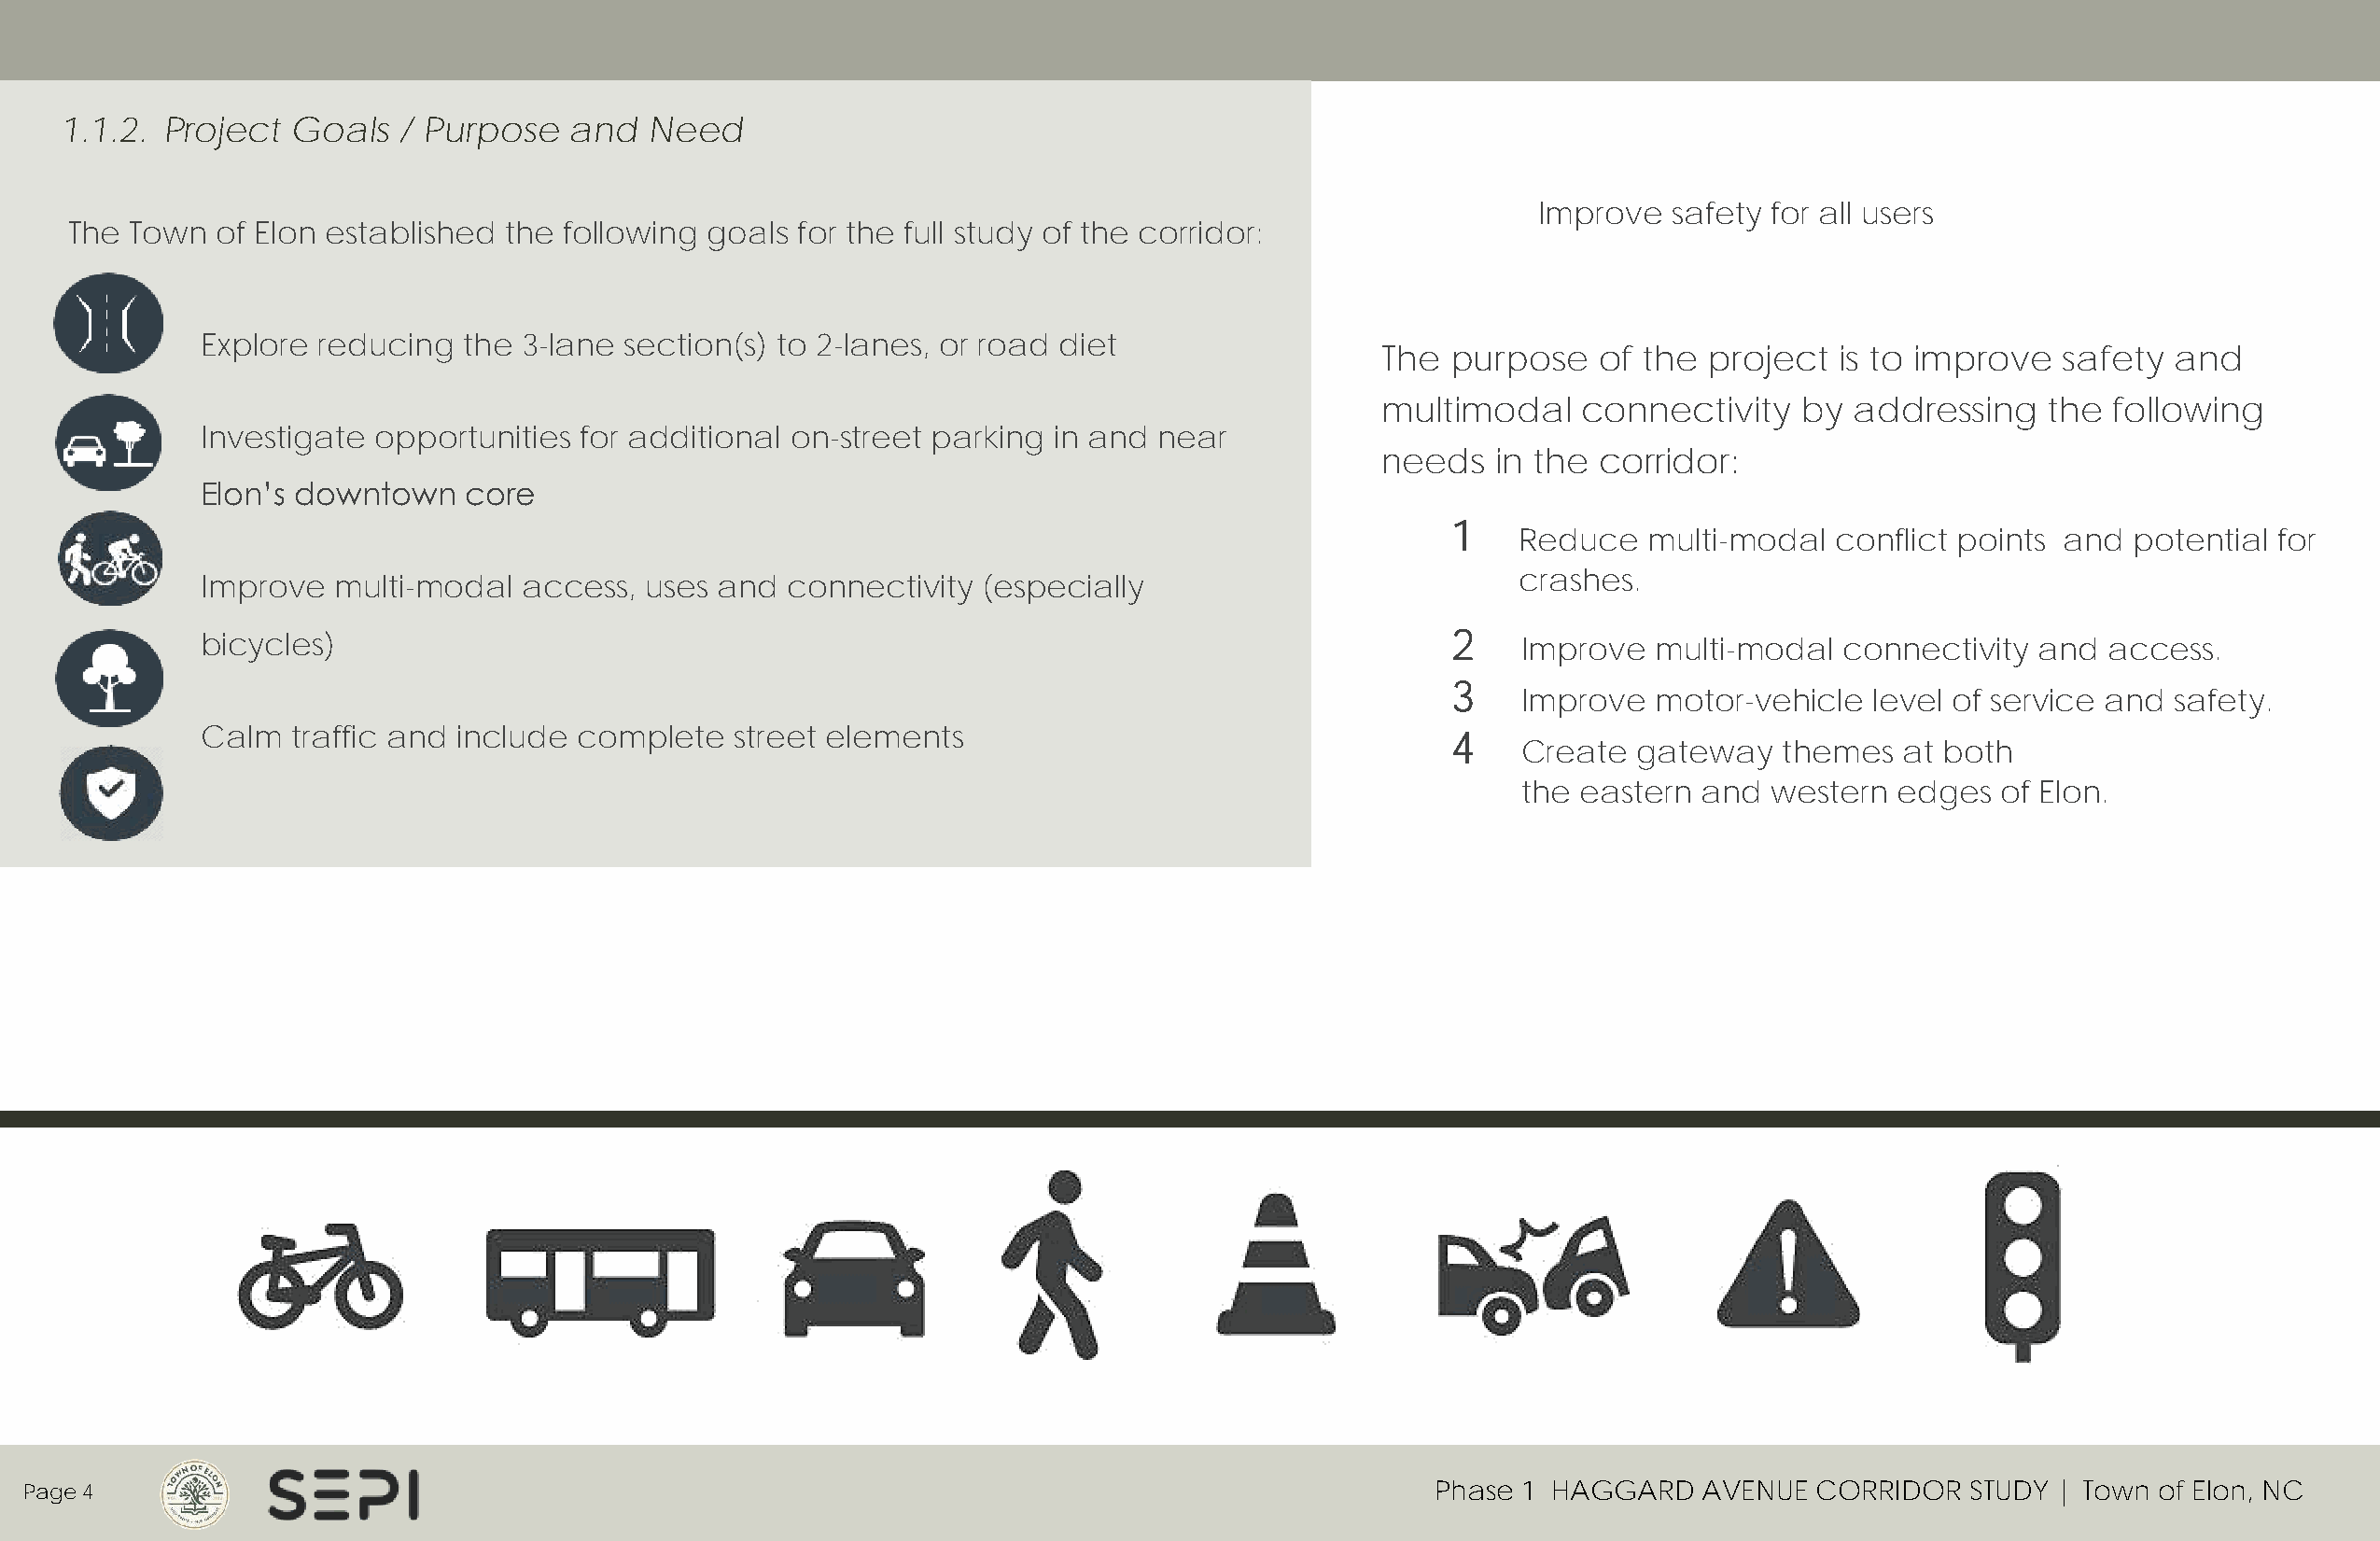
1.1.2.  Project  Goals  / Purpose   and   Need
 Improve   safety for all users
 The Town  of Elon established  the following goals  for the full study of the corridor:
 Explore  reducing  the 3-lane section(s) to 2-lanes, or road diet
 The  purpose   of the  project  is to improve   safety  and
 multimodal    connectivity    by addressing    the  following
 Investigate  opportunities for additional on-street parking  in and near
 needs   in the corridor:
 Elon’s downtown    core
 1
 Reduce   multi-modal  conflict points and  potential  for
 crashes.
 Improve   multi-modal  access,  uses and  connectivity  (especially
 bicycles)                                                                                2    Improve  multi-modal   connectivity  and  access.
 3
 Improve  motor-vehicle   level of service and safety.
 Calm   traffic and include complete   street elements                                    4
 Create  gateway   themes   at both
 the eastern  and  western  edges  of Elon.
 Page 4                                                                                              Phase 1 HAGGARD    AVENUE  CORRIDOR   STUDY | Town of Elon, NC